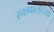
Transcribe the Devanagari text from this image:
रक्तपाताच्या